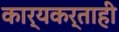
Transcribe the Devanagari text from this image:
कार्यकर्ताही